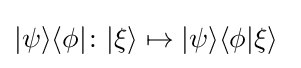
|\psi \rangle \langle \phi |\colon |\xi \rangle \mapsto |\psi \rangle \langle \phi |\xi \rangle ~